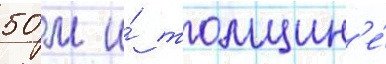
50 м и́ толщин'е́